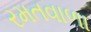
રમતવાળા